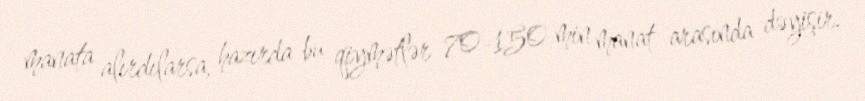
manata alırdılarsa, hazırda bu qiymətlər 70-150 min manat arasında dəyişir.